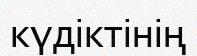
күдіктінің